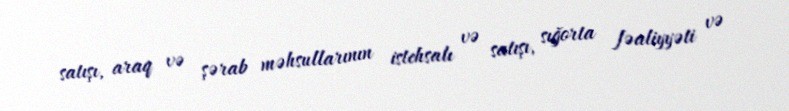
satışı, araq və şərab məhsullarının istehsalı və satışı, sığorta fəaliyyəti və